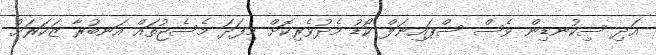
އަދި ސިކުނޑިން ވެސް ސްޕައިނަލް ކޯޑު މެދުވެރިކޮށް މިފަދަ މެސެޖުތައް އަނބުރާ ޒަކަރަށް